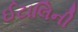
ઈટાલિની